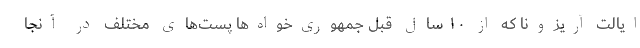
ایالت آریزونا که از ۱۰ سال قبل جمهوری‌خواه‌ها پست‌های مختلف در آنجا